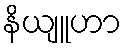
နိယျူဟာ